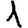
Digit: 1